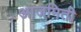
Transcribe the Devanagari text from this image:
आजमिती